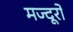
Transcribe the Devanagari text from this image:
मज्दूरों